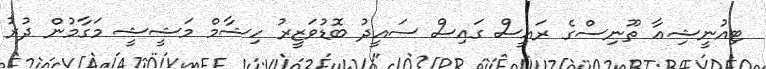
ޓިއުނީޝިއާ ތޫނިސްގެ ރައީސް ގައިސް ސައީދު ބޮޑުވަޒީރު ހިޝާމް މަޝީޝީ މަގާމުން ދުރު